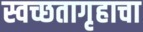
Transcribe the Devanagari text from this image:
स्वच्छतागृहाचा